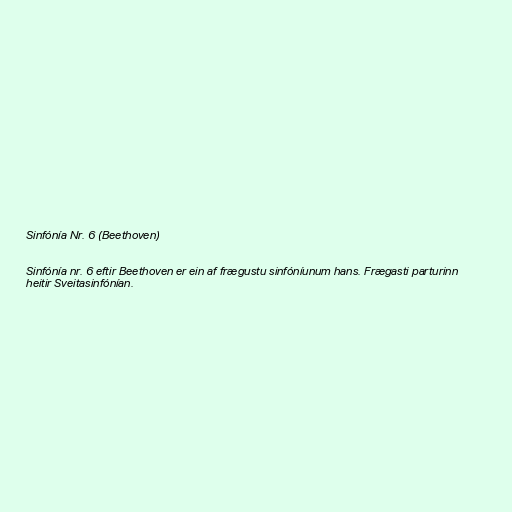
Sinfónía Nr. 6 (Beethoven)

Sinfónía nr. 6 eftir Beethoven er ein af frægustu sinfóníunum hans. Frægasti parturinn
heitir Sveitasinfónían.